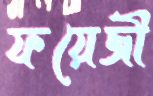
ফয়েজী